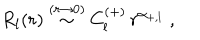
R _ { l } ( r ) \stackrel { ( r \rightarrow 0 ) } { \sim } C _ { l } ^ { ( + ) } \, r ^ { \alpha _ { + , l } } \; ,